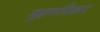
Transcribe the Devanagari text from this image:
मुद्रणाधिकार